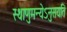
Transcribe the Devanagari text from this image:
स्थाणुमन्येऽनुसयति